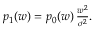
\begin{array} { r } { p _ { 1 } ( w ) = p _ { 0 } ( w ) \, \frac { w ^ { 2 } } { \sigma ^ { 2 } } . } \end{array}